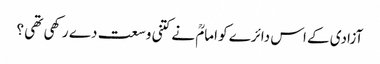
آزادی کے اس دائرے کو امامؒ نے کتنی وسعت دے رکھی تھی ؟